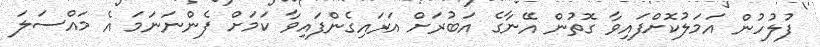
ފުލުހުން އަމަލުކޮށްފައިވާ ގޮތުން އޭނާގެ އަބުރަށް އަރައިގެންފައިވާ ކަމަށް ފެންނަނަމަ އެ މައްސަލަ